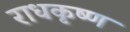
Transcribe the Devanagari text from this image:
राधकृष्ण